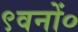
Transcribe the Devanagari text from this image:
९वनों०